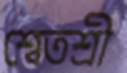
শ্বেতশ্রী